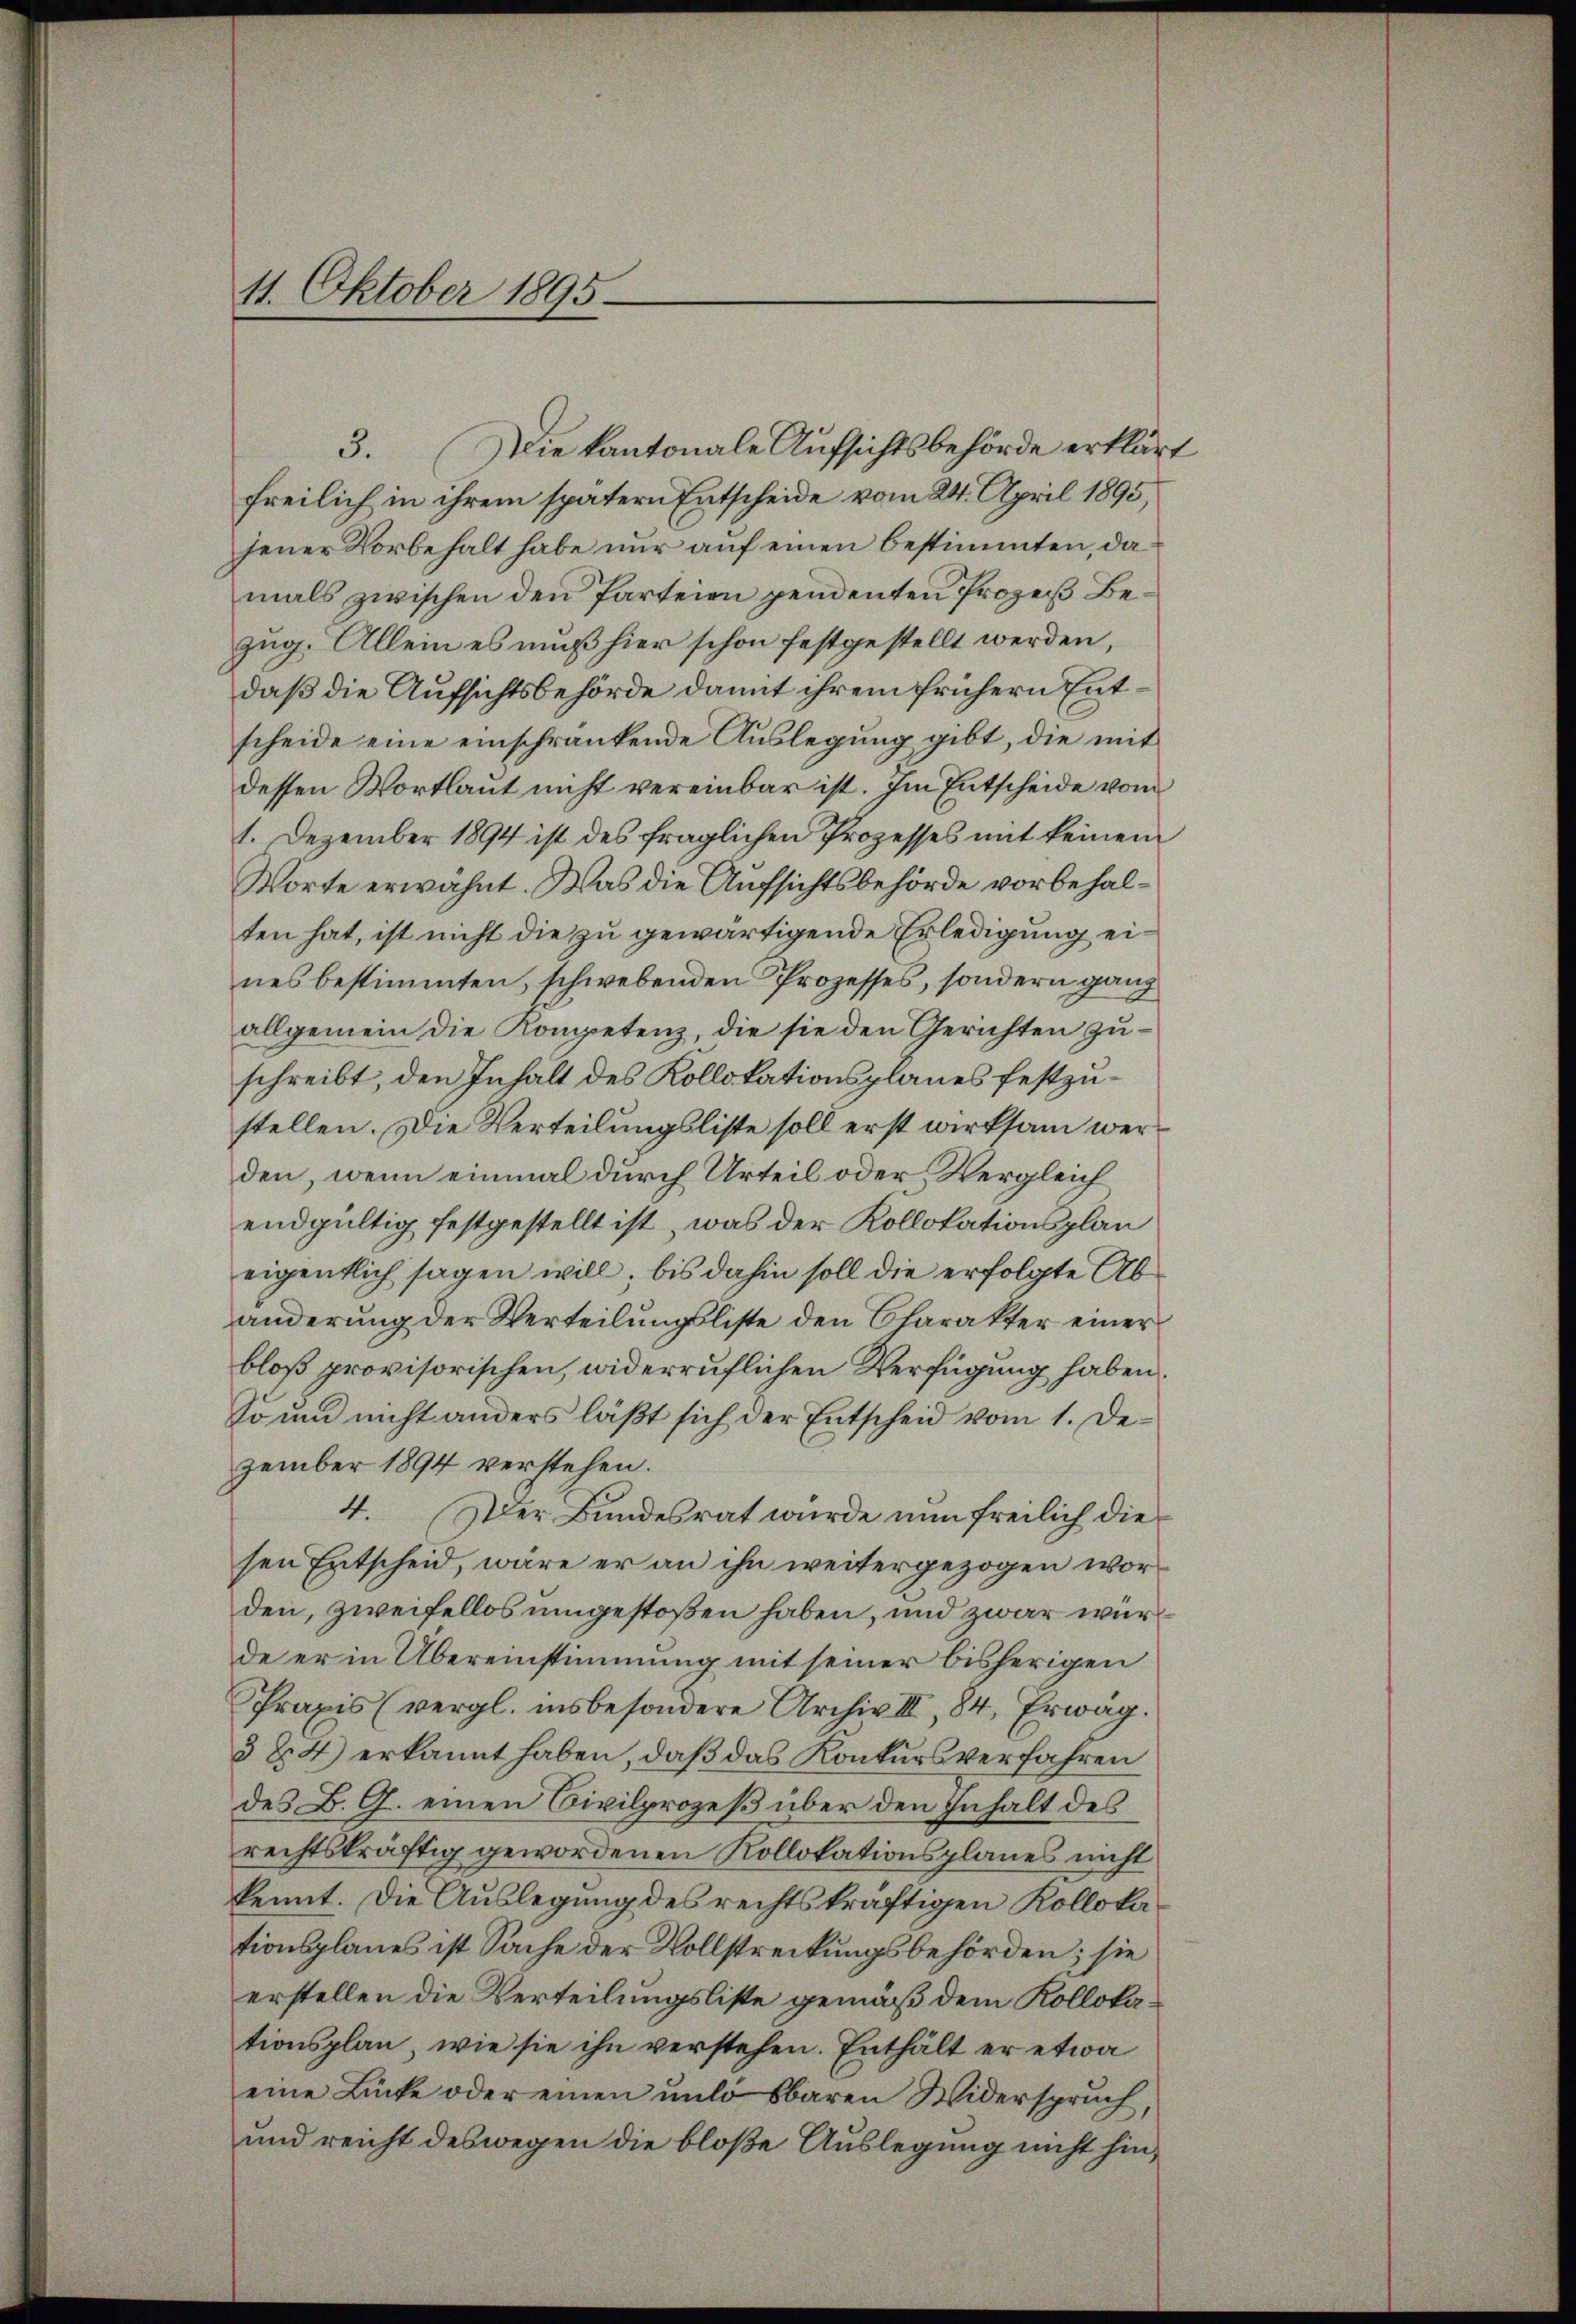
11. Oktober 1895.

Die kantonale Aufsichtsbehörde erklärt
3.
freilich in ihrem spätern Entscheide vom 24. April 1895,
jener Vorbehalt habe nur auf einen bestimmten, da
mals zwischen den Parteien pendenten Prozeß Bezug. Allein es muß hier schon festgestellt werden,
daß die Aufsichtsbehörde damit ihrem frühern Entscheide eine einschränkende Auslegung gibt, die mit
dessen Wortlaut nicht vereinbar ist. Im Entscheide vom
1. Dezember 1894 ist des fraglichen Prozesses mit keinem
Worte erwähnt. Was die Aufsichtsbehörde vorbehalten hat, ist nicht die zu gewärtigende Erledigung eines bestimmten, schwebenden Prozesses, sondern ganz
allgemein die Kompetenz, die sie den Gerichten zuschreibt, den Inhalt des Kollokationsplanes festzustellen. Die Verteilungsliste soll erst wirksam werden, wenn einmal durch Urteil oder Vergleich
endgültig festgestellt ist, was der Kollokationsplan
eigentlich sagen will, bis dahin soll die erfolgte Abänderung der Verteilungsliste den Charakter einer
bloß provisorischen, widerruflichen Verfügung haben
So und nicht anders läßt sich der Entscheid vom 1. Dezember 1894 verstehen.
4. Der Bundesrat wurde nun freilich die
sen Entscheid, wäre er an ihn weitergezogen worden, zweifellos umgestoßen haben, und zwar wür
de er in Übereinstimmung mit seiner bisherigen
Praxis (vergl. insbesondere Archiv III, 184. Erwäg.
3 Z. 4) erkannt haben, daß das Konkursverfahren
des B. G. einen Civilprozeß über den Inhalt des
rechtskräftig gewordenen Kollokationsplanes nicht
kennt. Die Auslegung des rechtskräftigen Kollokationsplanes ist Sache der Vollstreckungsbehörden; sie
erstellen die Verteilungsliste gemäß dem Kollokotionsplan, wie sie ihn verstehen. Enthält er etwa
eine Lücke oder einen unlo bbaren Widerspruch,
und reicht deswegen die bloße Auslegung nicht hin¬